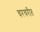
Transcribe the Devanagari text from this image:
चरचरीत